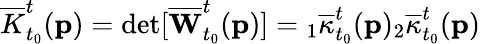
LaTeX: \overline{{K}}_{t_{0}}^{t}(\mathbf{p})=\operatorname*{det}[\overline{{\mathbf{W}}}_{t_{0}}^{t}(\mathbf{p})]={}_{1}\overline{{\kappa}}_{t_{0}}^{t}(\mathbf{p}){}_{2}\overline{{\kappa}}_{t_{0}}^{t}(\mathbf{p})